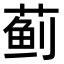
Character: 蓟